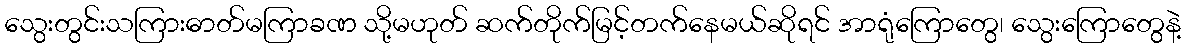
သွေးတွင်းသကြားဓာတ်မကြာခဏ သို့မဟုတ် ဆက်တိုက်မြင့်တက်နေမယ်ဆိုရင် အာရုံကြောတွေ၊ သွေးကြောတွေနဲ့